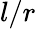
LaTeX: l/r